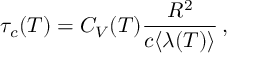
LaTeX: \tau _ { c } ( T ) = C _ { V } ( T ) \frac { R ^ { 2 } } { c \langle \lambda ( T ) \rangle } \, ,